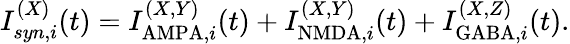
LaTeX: I_{syn,i}^{(X)}(t)=I_{\mathrm{AMPA},i}^{(X,Y)}(t)+I_{\mathrm{NMDA},i}^{(X,Y)}(t)+I_{\mathrm{GABA},i}^{(X,Z)}(t).